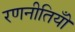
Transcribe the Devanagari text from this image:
रणनीतियोँ